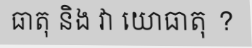
ធាតុ និង វា យោធាតុ ?